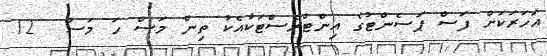
އަހަރަކަށް ފަސް ޕަސެންޓުގެ އިންޓްރެސްޓަކާއެކު ތިން މަސް ހަ މަސް  12